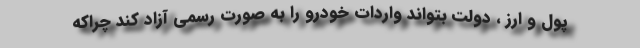
پول و ارز ، دولت بتواند واردات خودرو را به صورت رسمی آزاد کند چراکه